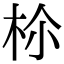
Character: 𣐐